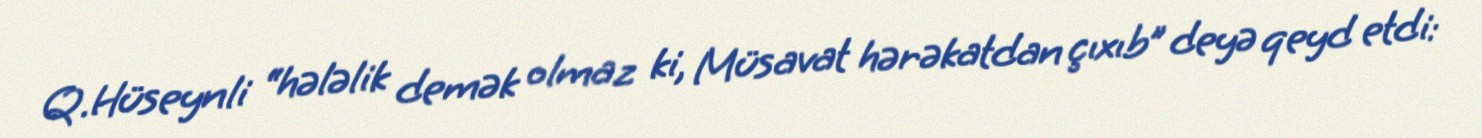
Q.Hüseynli “hələlik demək olmaz ki, Müsavat hərəkatdan çıxıb” deyə qeyd etdi: